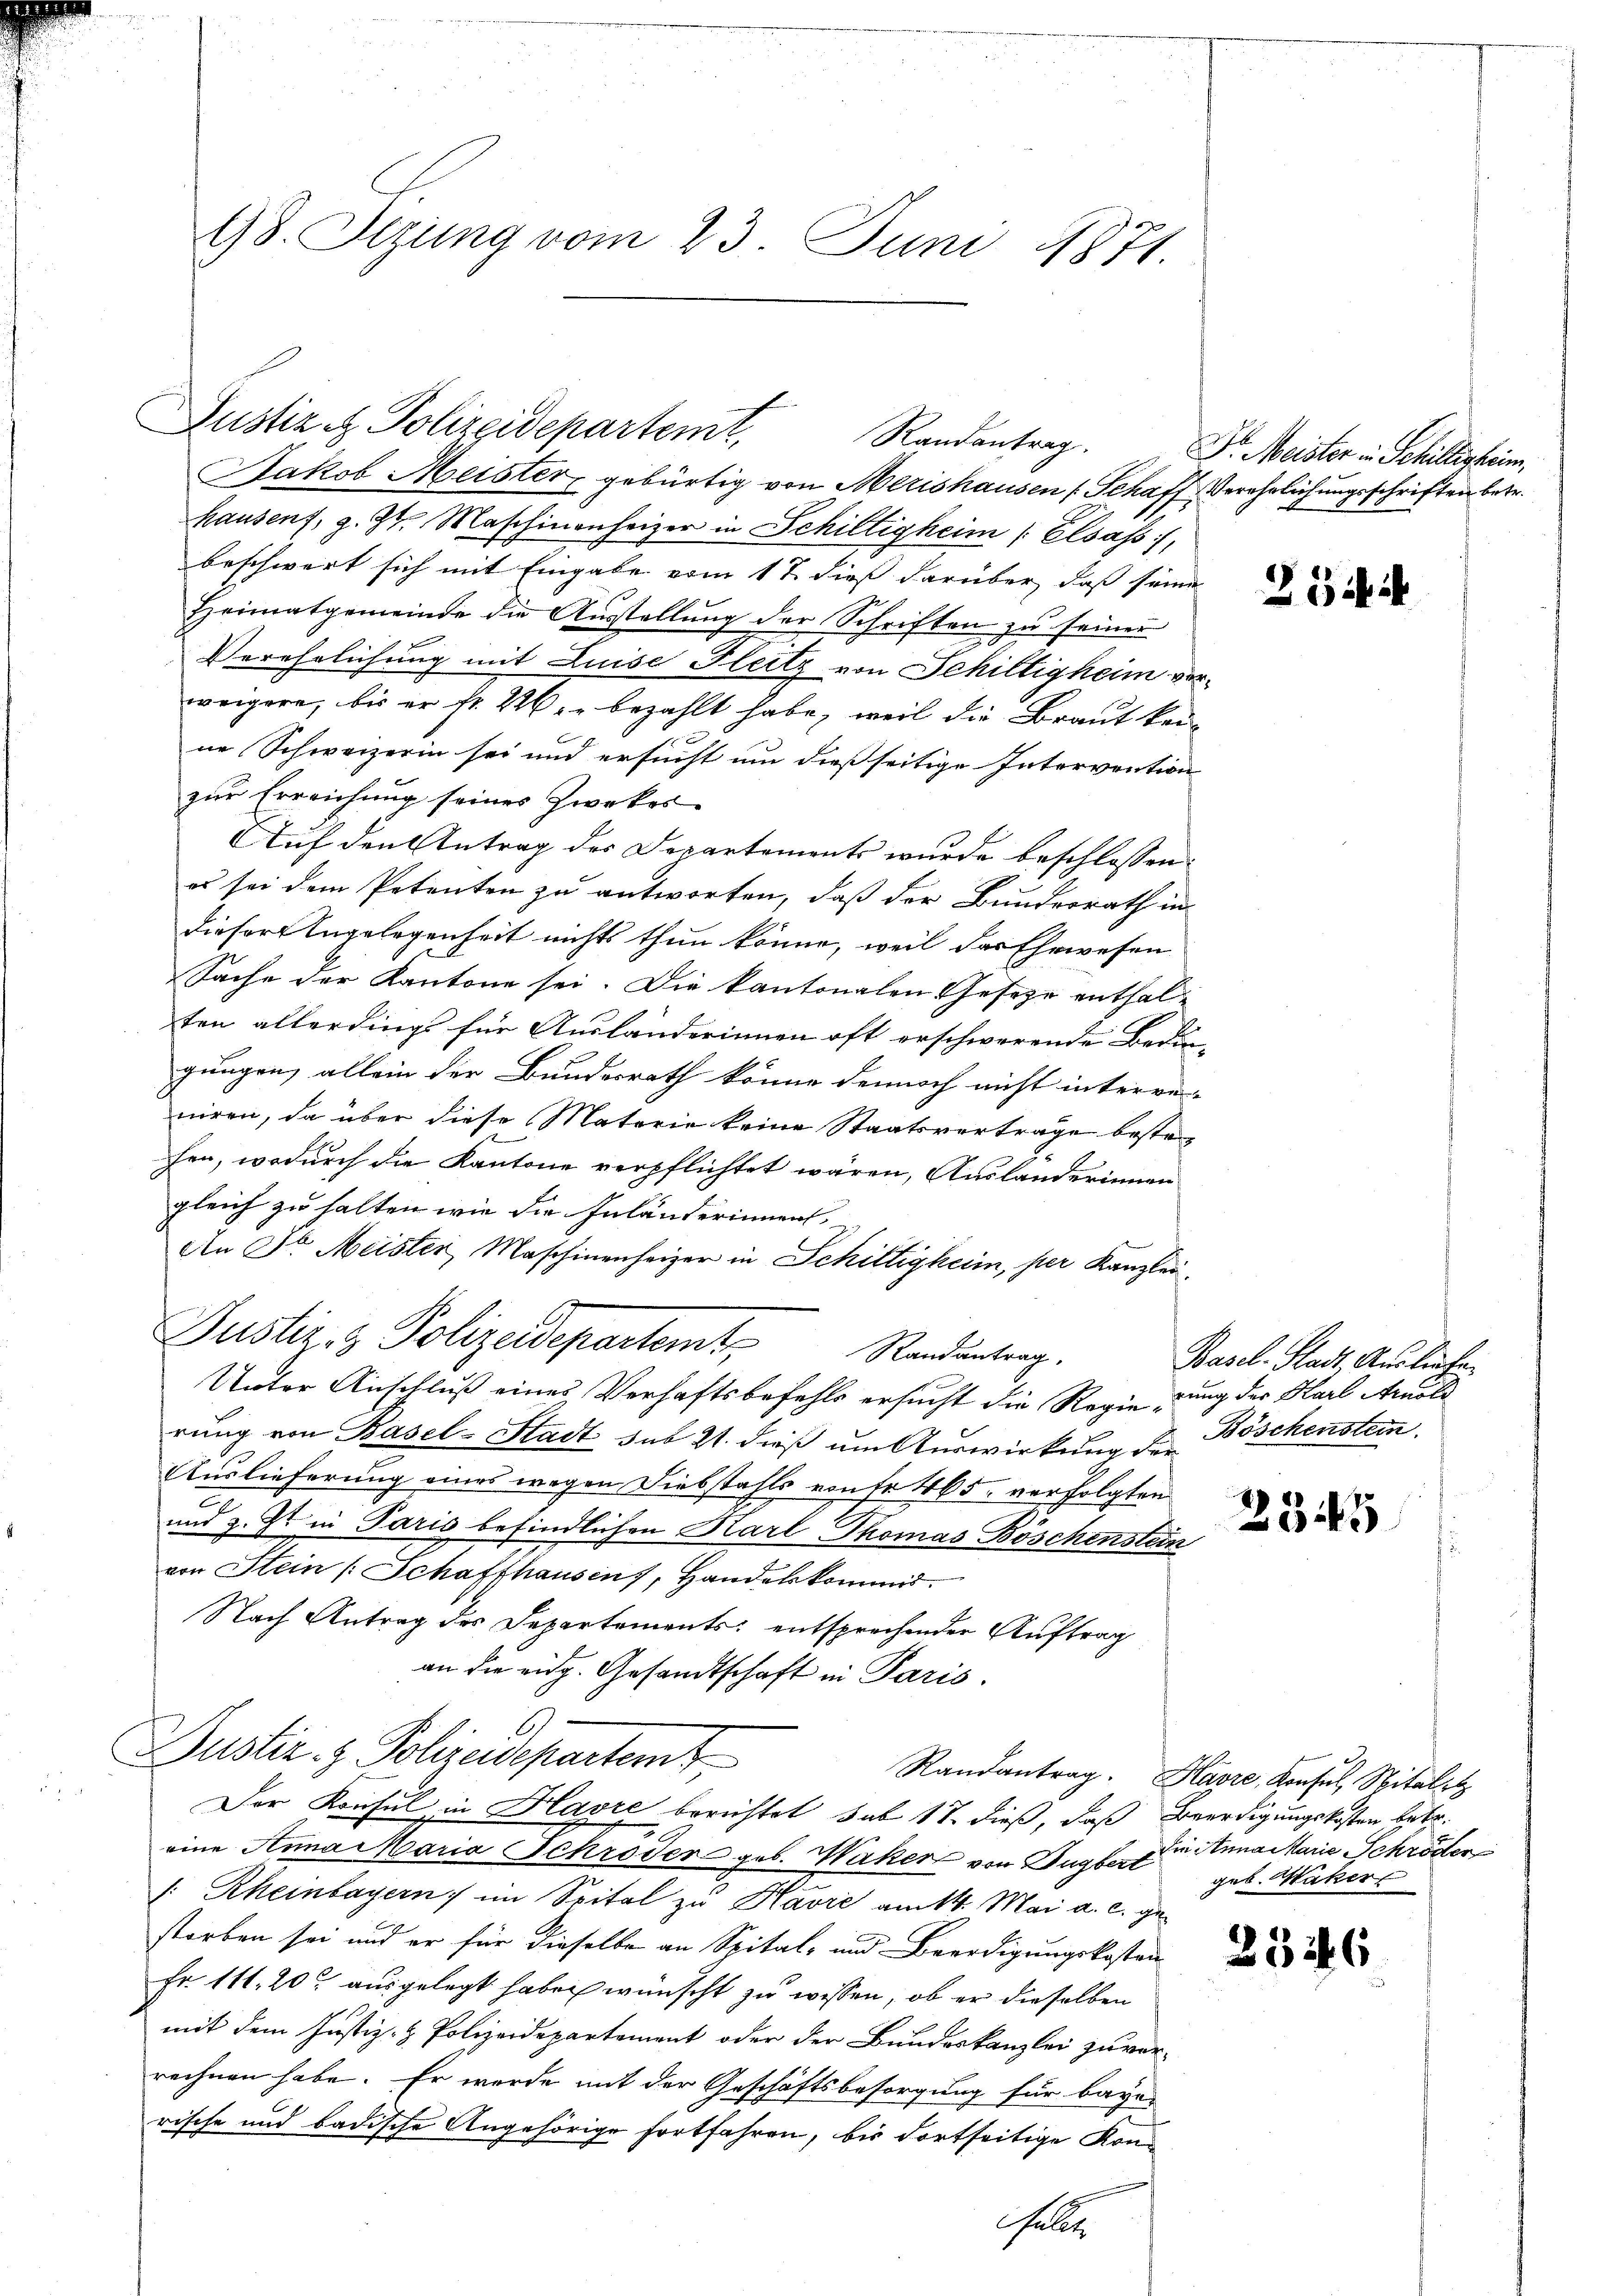
98. Sizung vom 23. Juni 1871.

Jakob Meister, gebürtig von Merishausen (Schaff Verehrlichungsschriften betr.
hausen, z. Zt. Maschinenheizer in Schilligheim (: Elsass,
beschwert sich mit Eingabe vom 17 dieß darüber, daß seine
Heimatgemeinde die Ausstellung der Schriften zu seiner
Verehrlichung mit Luise Heitz von Schiltigheim vorweigere, bis er fr. 226. bezahlt habe, weil die Braut kei-
ne Schweizerin sei und ersucht um dießseitige Intervention
zur Erreichung seines Zweckes
Auf den Antrag des Departements wurde beschlossen:
es sei dem Petenten zu antworten, daß der Bundesrath in
dieser Angelegenheit nichts thun könne, weil des Ehewesen
Sache der Kantone sei. Die kantonalen Gesetze enthalten allerdings für Ausländerinnen oft erschwerende Bedin-
gungen, allein der Bundesrath könne dennoch nicht interre-
niren, da über diese Materie keine Staatsverträge beste
hen, wodurch die Kantone verpflichtet wären, Auslanderinnen
gleich zu halten wie die Inländerinnen
An Fr. Meister Maschinenheizer in Schilligheim, per Kanzli
Justiz- & Polizeidepartemt, Randantrag.
Unter Anschluß eines Verhaftsbefehls ersucht die Regierung der Karl Arnold
rung von Basel-Stadt sub 21. dieß um Auswirkung der
Auslieferung eines wegen Diebstahls von fr 465. verfolgten
und z. Zt. in Paris befindlichen Karl-Thomas Böschenstein
von Stein [Schaffhausen, Handelskommis
Nach Antrag des Departements entsprechender Auftrag
an die eidg. Gesandtschaft in Paris.
Justiz- & Polizeidepartemt
Randantrag. Havre, Konsul, Spital t
Der Konsul in Havre berichtet sub 17. dieß, daß Beerdigungskosten betr.
eine Anna Maria Schröder geb. Waker von Bugbert
: Rheinbayern) im Spital zu Havre am 14. Mai a. c. gestorben sei und er für dieselbe an Spital- und Beerdigungskosten
Fr. 111. 20 ausgelegt haben wünscht zu wissen, ob er dieselben
mit dem Justiz- & Polizeidepartement oder der Bundeskanzlei zu verrechnen habe. Er werde mit der Geschäftsbesorgung für bayer
rische und badische Angehörige fortfahren, bis dortseitige Konhalle

Justiz. Polizeidepartemt,
Randantrag.

Dr. Meister in Schillisheim,

23 ih

Basel-Stadt, Auslichen
Böschenstein.

234

Ein Anna Marie Schröder
geb. Waker